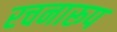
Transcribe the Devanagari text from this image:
रचनारूप